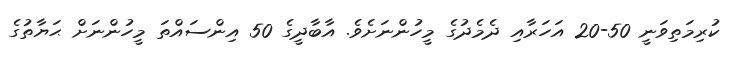
ކުރިމަތިވަނީ 50-20 އަހަރާއި ދެމެދުގެ މީހުންނަށެވެ. އާބާދީގެ 50 އިންސައްތަ މީހުންނަށް ޙަޔާތުގެ